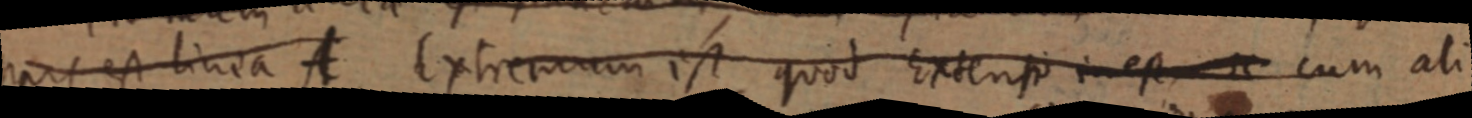
pars est linea A. Extremum est quod Extenso in est _ cum ali